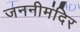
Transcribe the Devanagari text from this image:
जननीमंदिर